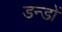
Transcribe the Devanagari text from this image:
डन्डों